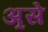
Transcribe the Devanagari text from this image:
अ्रसे